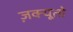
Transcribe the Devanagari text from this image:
ज़क्यूतो